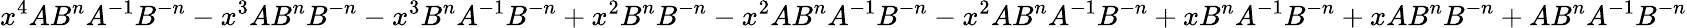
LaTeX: x^{4}AB^{n}A^{-1}B^{-n}-x^{3}AB^{n}B^{-n}-x^{3}B^{n}A^{-1}B^{-n}+x^{2}B^{n}B^{-n}-x^{2}AB^{n}A^{-1}B^{-n}-x^{2}AB^{n}A^{-1}B^{-n}+xB^{n}A^{-1}B^{-n}+xAB^{n}B^{-n}+AB^{n}A^{-1}B^{-n}